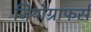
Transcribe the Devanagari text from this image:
जियोग्राफर्स